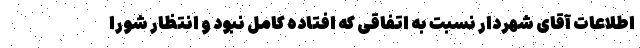
اطلاعات آقای شهردار نسبت به اتفاقی که افتاده کامل نبود و انتظار شورا